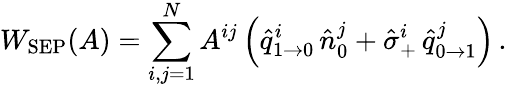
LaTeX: W_{\mathrm{SEP}}(A)=\sum_{i,j=1}^{N}A^{ij}\left(\hat{q}_{1\to 0}^{i}\, \hat{n}_{0}^{j}+\hat{\sigma}_{+}^{i}\, \hat{q}_{0\to 1}^{j}\right)\, .